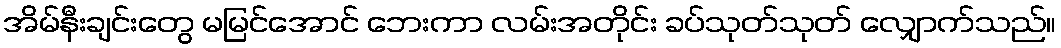
အိမ်နီးချင်းတွေ မမြင်အောင် ဘေးကာ လမ်းအတိုင်း ခပ်သုတ်သုတ် လျှောက်သည်။